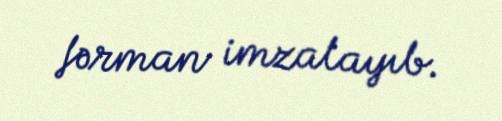
fərman imzalayıb.